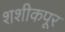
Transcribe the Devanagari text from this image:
शशीकपूर